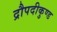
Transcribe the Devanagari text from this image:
द्रौपदीकुण्ड